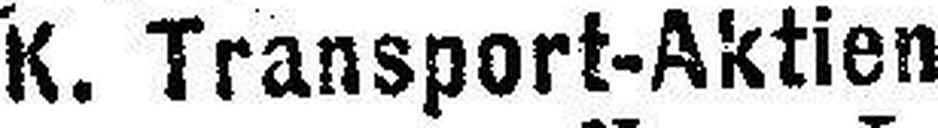
K. Transport-Aktien